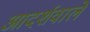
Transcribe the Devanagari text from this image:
आदर्शवाले